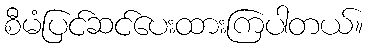
စီမံပြင်ဆင်ပေးထားကြပါတယ်။